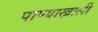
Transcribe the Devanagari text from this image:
पाण्याखालीं